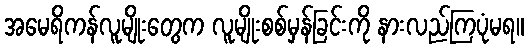
အမေရိကန်လူမျိုးတွေက လူမျိုးစစ်မှန်ခြင်းကို နားလည်ကြပုံမရ။